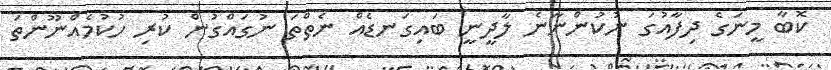
ކޮބާ މީނަގެ ދިފާއުގަ ނުކުންނާނެ ލާދީނީ ބައިގަނޑެއް ނެތްތަ ނުގައްގުން ކުރި ހުކުމެއްނޫންތަ